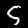
Label: 5